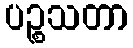
ပဉ္စသတာ